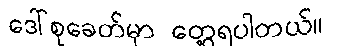
ဒေါ်စုခေတ်မှာ တွေ့ရပါတယ်။